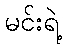
မင်းရဲ့